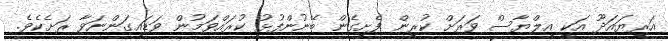
އަރިޔައަދޫ އަކީ އިލްޔާސް ވަރަށް ކުރިން ފެށިގެން ބޭނުންފުޅު ކުރައްވަމުން ވަޑައިގަންނަވާ ރަށެކެވެ.